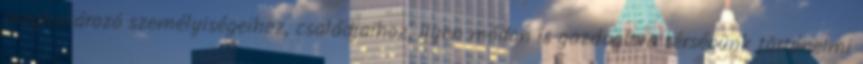
meghatározó személyiségeihez, családjaihoz, ilyen módon is gazdagítva térségünk történelmi